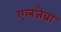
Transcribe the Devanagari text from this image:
एलजेब्रा